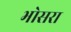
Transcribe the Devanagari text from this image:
भोसरा